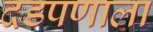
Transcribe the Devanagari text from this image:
दडपणाला